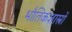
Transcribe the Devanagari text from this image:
भौतिकशास्त्रों